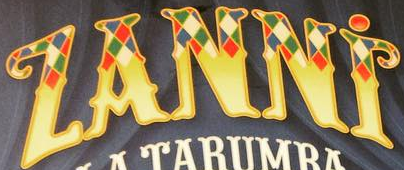
ZANNI